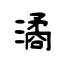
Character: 潏